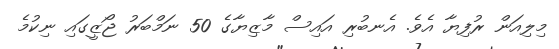
މިލިއަން ރުފިޔާ އެވެ. އެނބުރި އައިސް މާޒިޔާގެ 50 ނަމްބަރު ޖޯޒީގައި ނިކުމެ